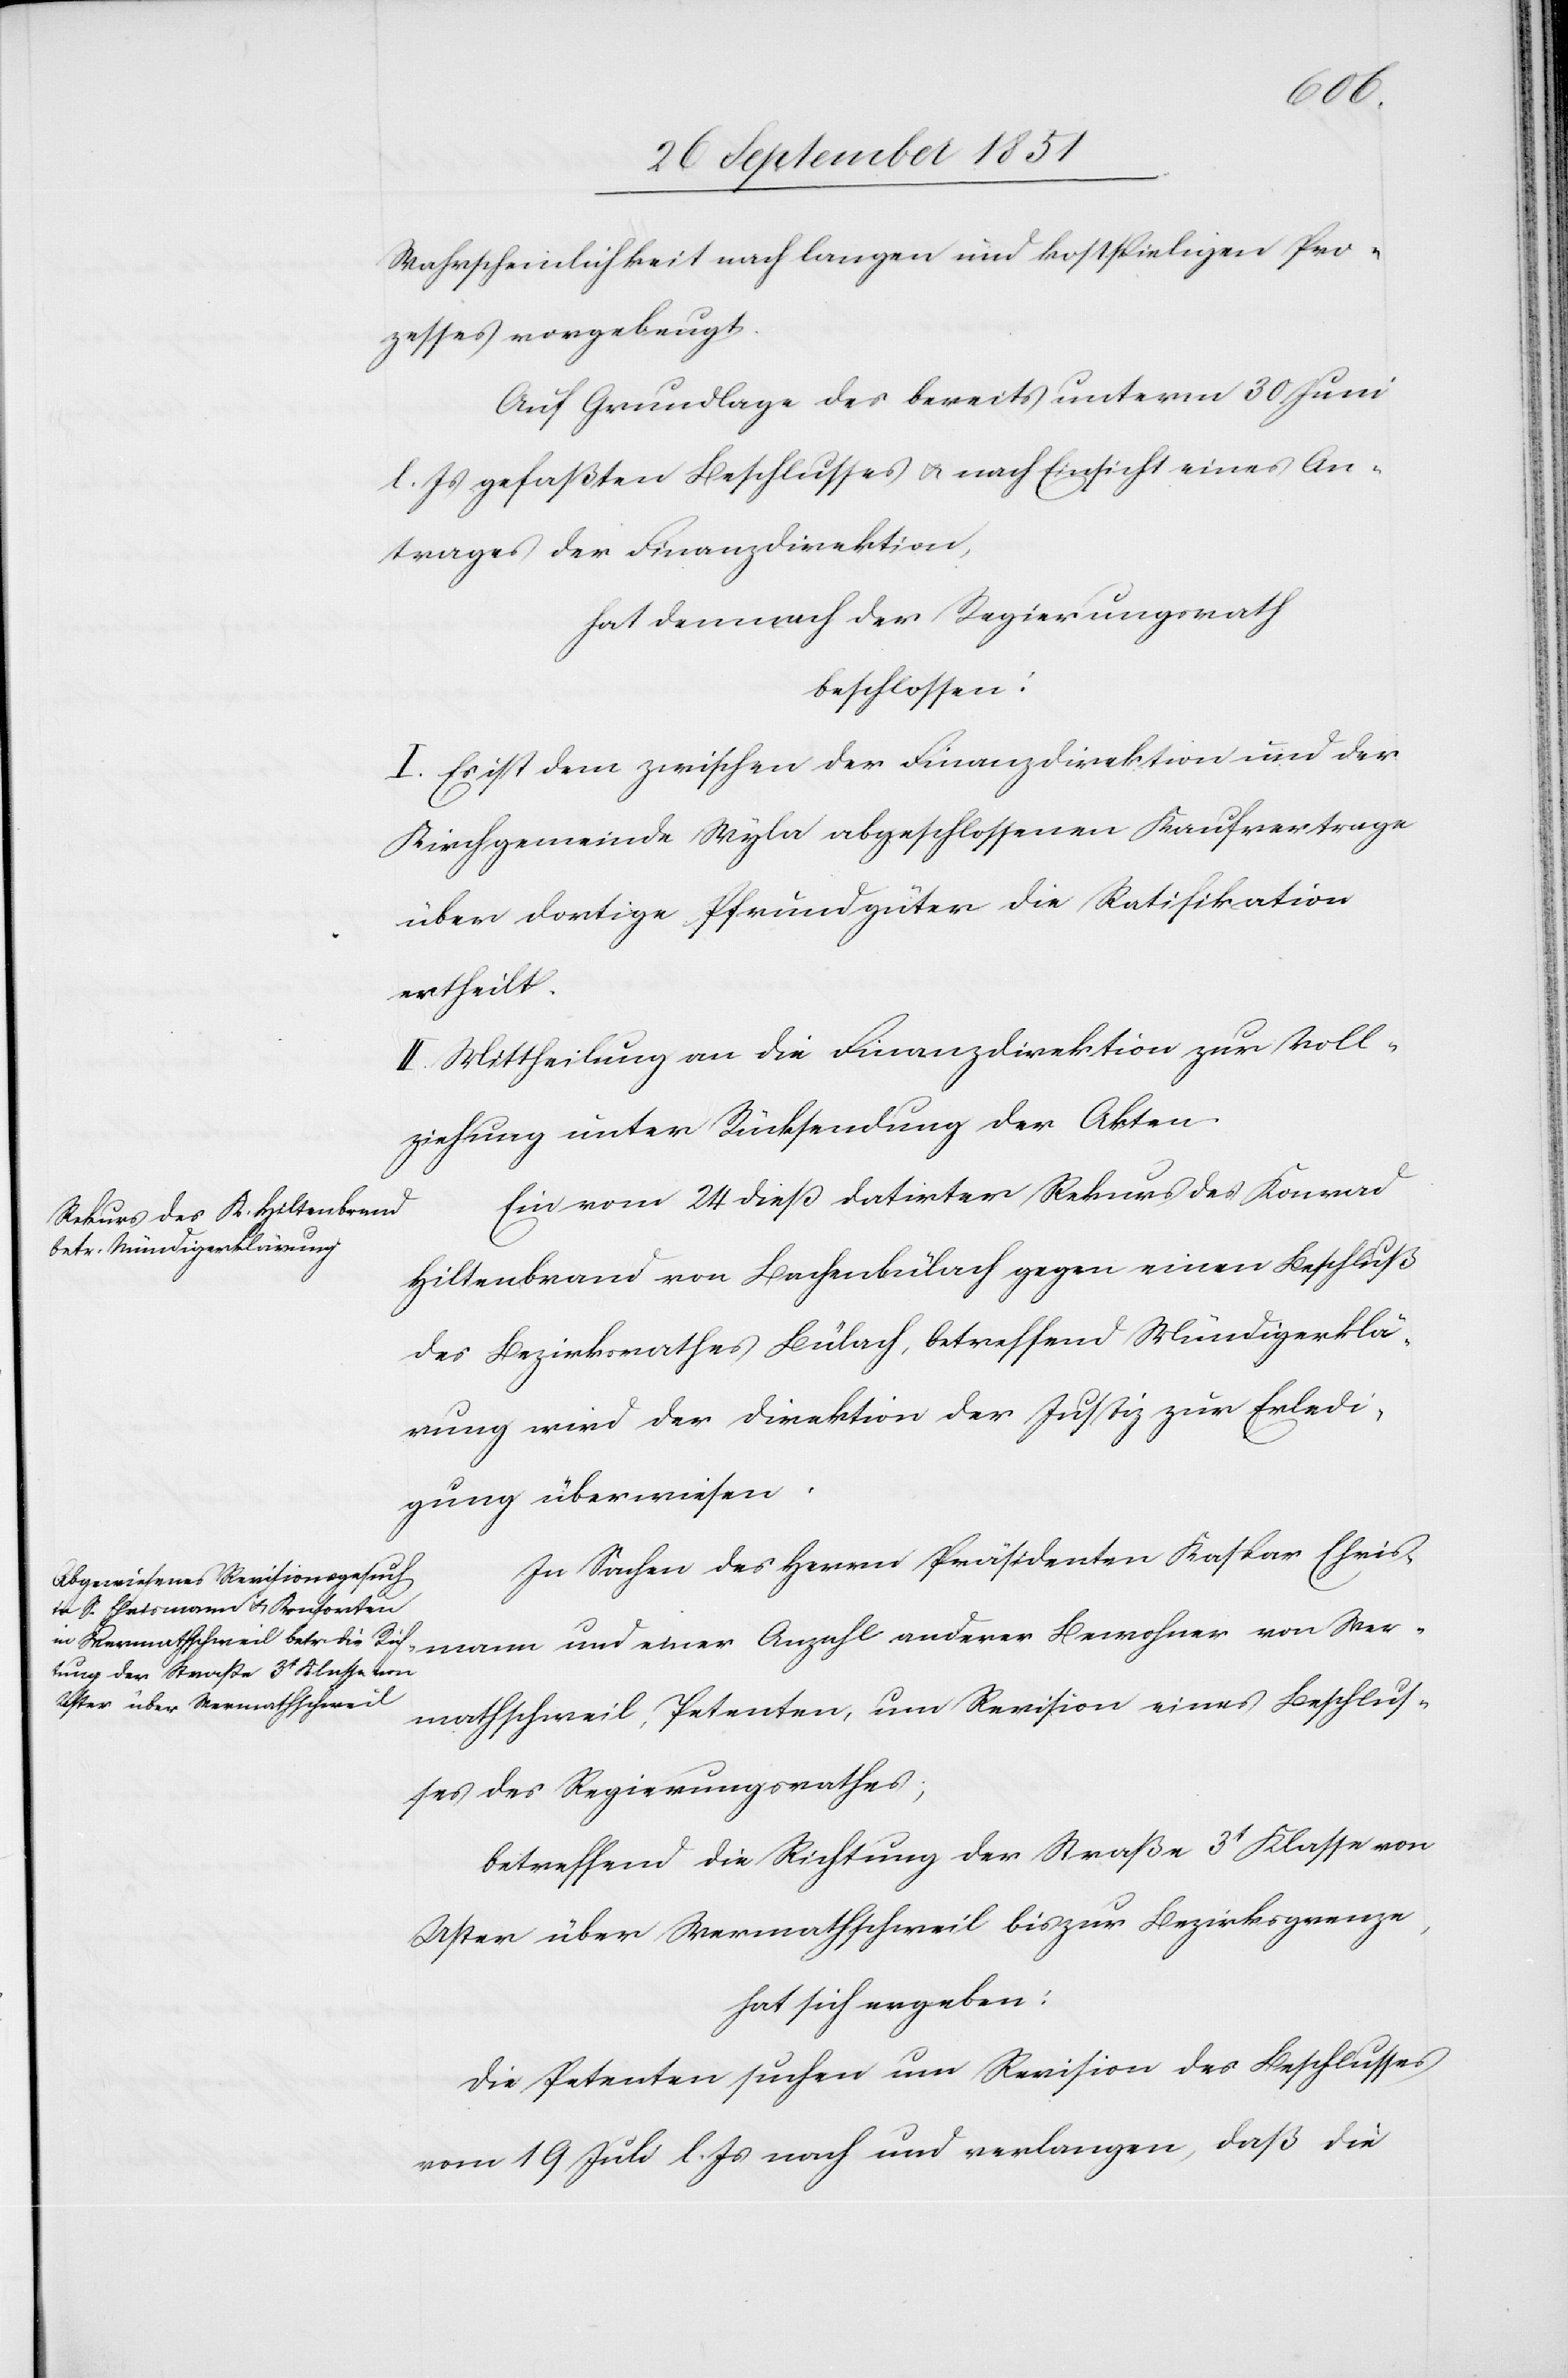
Wer¬
Wahrscheinlichkeit nach langen und kostspieligen Pro¬
zesses vorgebeugt.
Auf Grundlage des bereits unterm 30 Juni
l. Js gefaßten Beschlusses & nach Einsicht eines An¬
trages der Finanzdirektion,
hat demnach der Regierungsrath
beschlossen:
I. Es ist dem zwischen der Finanzdirektion und der
Kirchgemeinde Wyla abgeschossenen Kaufvertrage
über dortige Pfrundgüter die Ratifikation
ertheilt.
II. Mittheilung an die Finanzdirektion zur Voll¬
ziehung unter Rücksendung der Akten.
Ein vom 24 dieß datirter Rekurs des Konrad
Hiltenbrand von Bachenbülach gegen einen Beschluß
des Bezirksrathes Bülach, betreffend Mündigerklä¬
rung wird der Direktion der Justiz zur Erledi¬
gung überwiesen.
In Sachen des Herrn Präsidenten Kaspar Ehris¬
mathschweil, Petenten, um Revision eines Beschlus¬
ses des Regierungsrathes,
betreffend die Richtung der Straße 3t Klasse von
Uster über Wermathschweil bis zur Bezirksgrenze,
hat sich ergeben:
Die Petenten suchen um Revision des Beschlusses
vom 19 Juli l. Js nach und verlangen, daß die